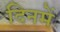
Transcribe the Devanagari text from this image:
दिनमें